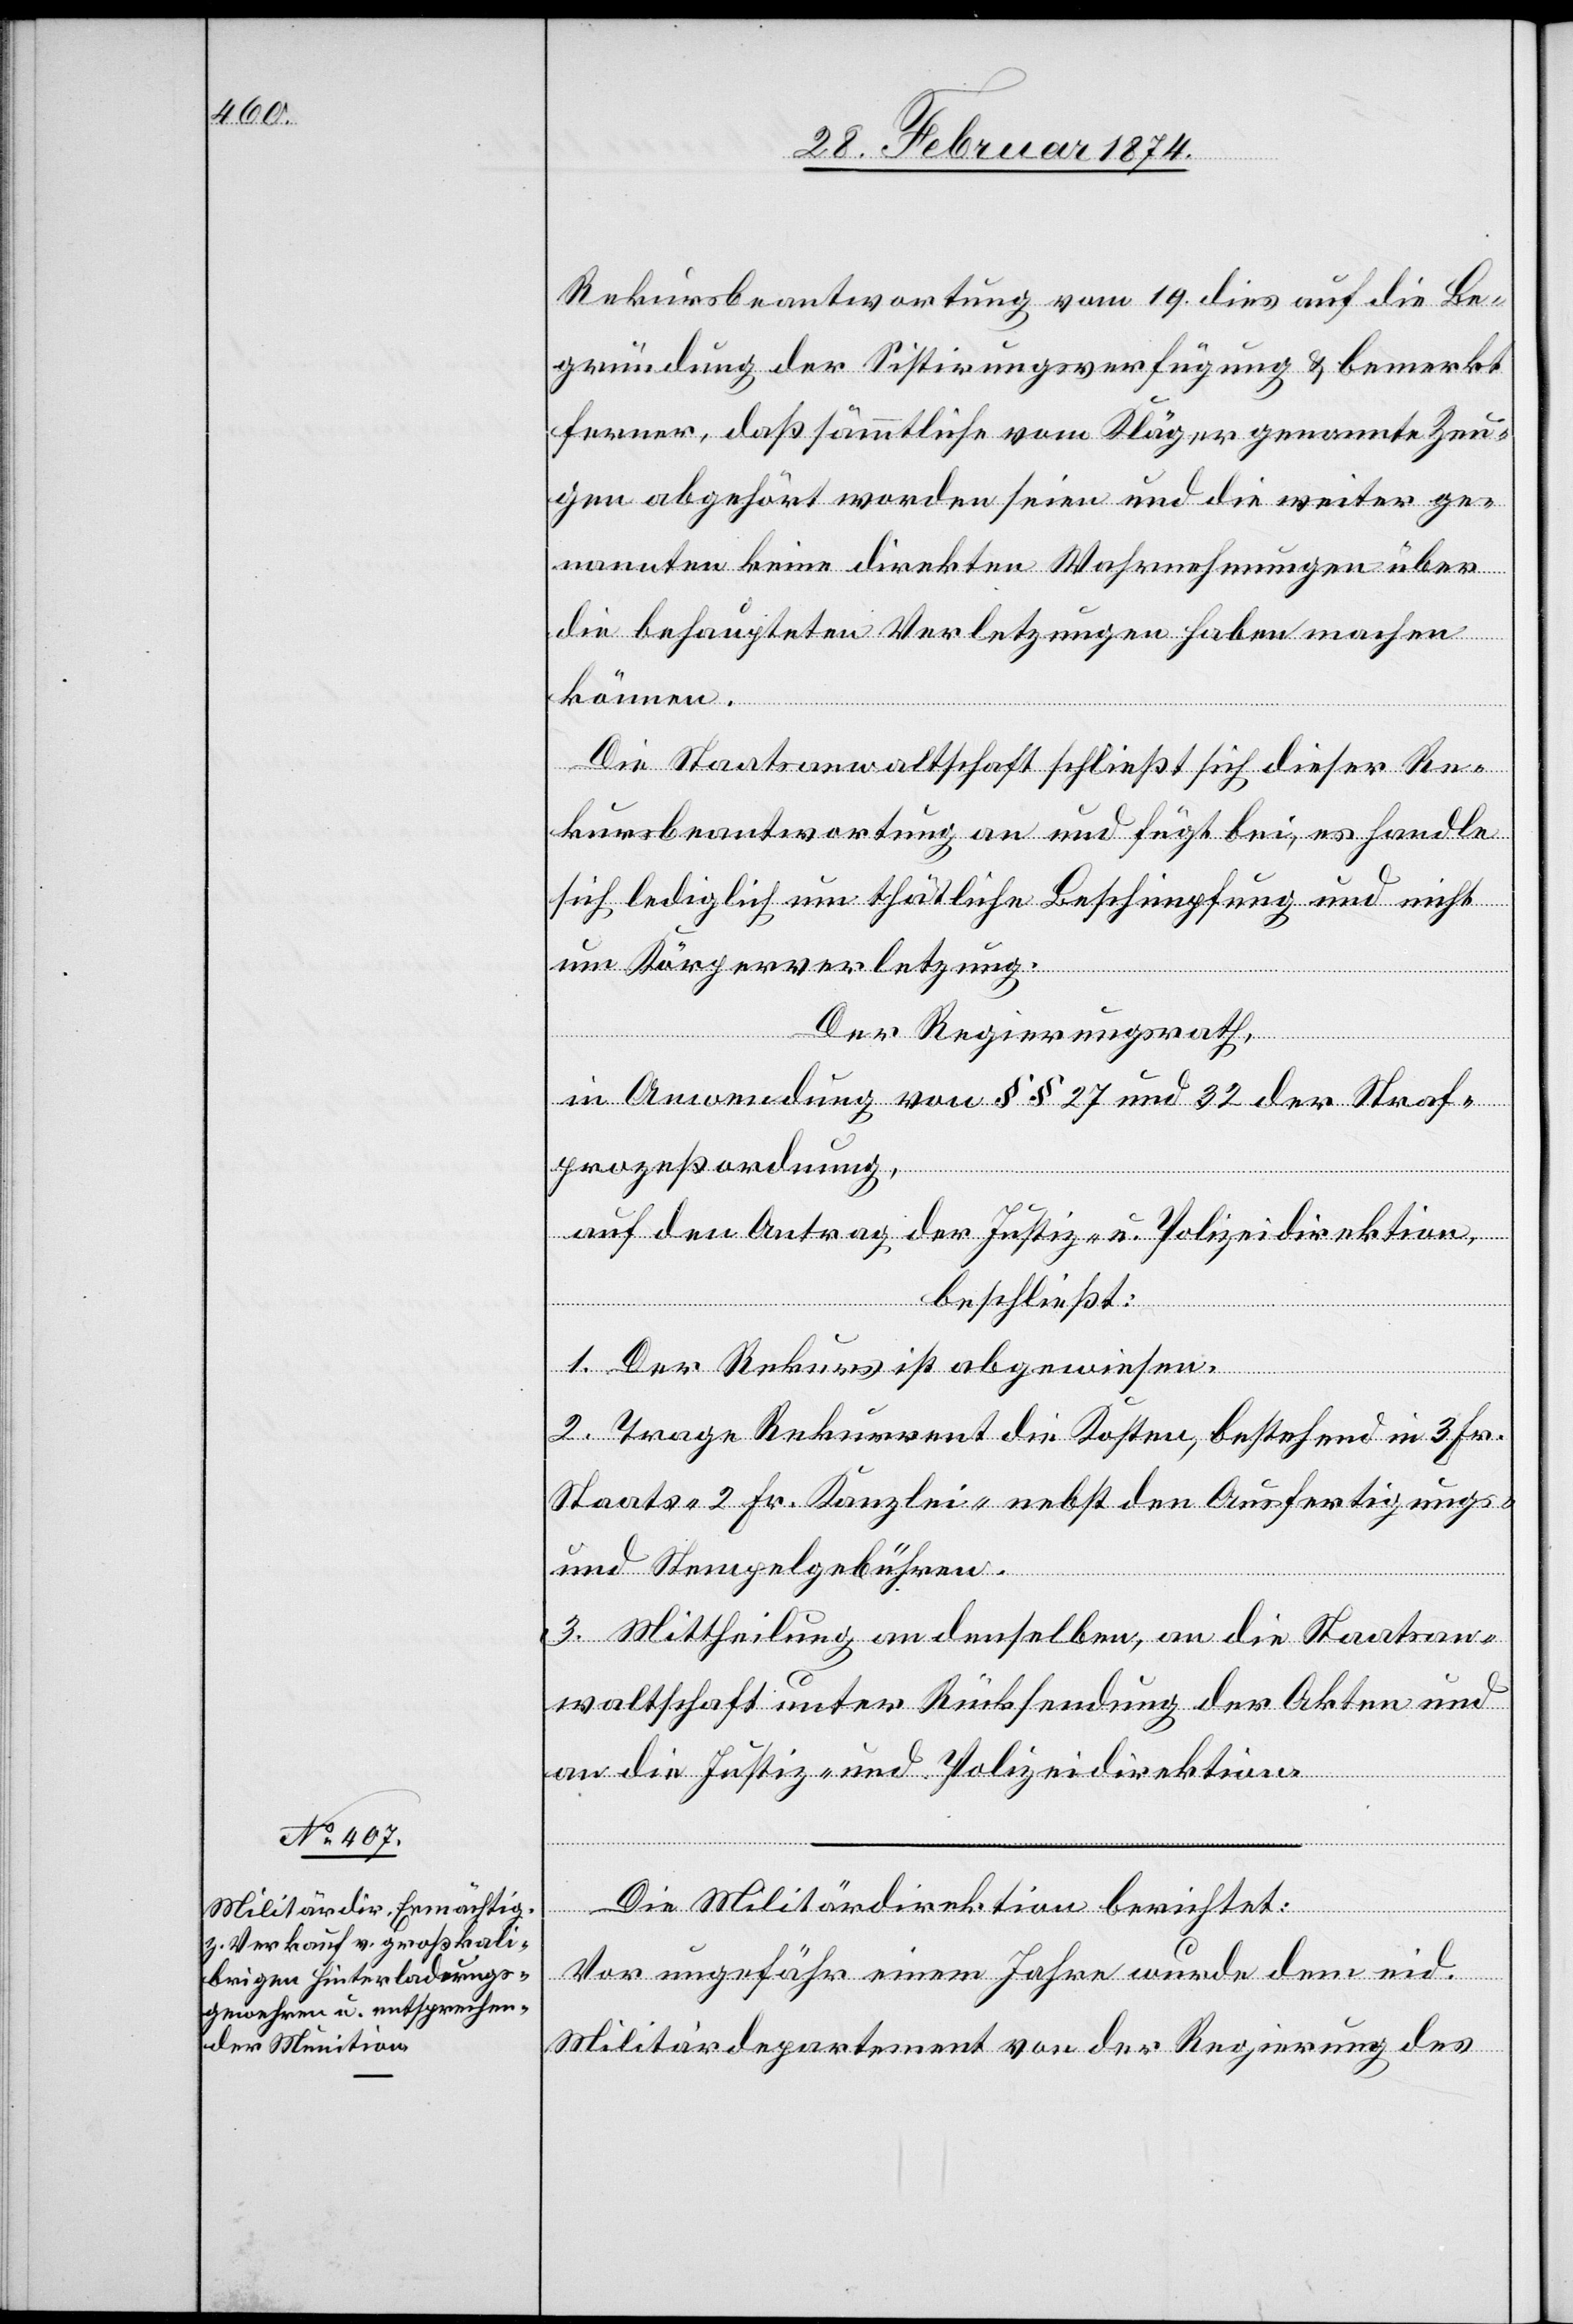
Rekursbeantwortung vom 19. dies auf die Be¬
gründung der Sistirungsverfügung u. bemerkt
ferner, daß sämmtliche vom Kläger genannte[n] Zeu¬
gen abgehört worden seien und die weiter ge¬
nannten keine direkten Wahrnehmungen über
die behaupteten Verletzungen haben machen
können.
Die Staatsanwaltschaft schließt sich dieser Re¬
kursbeantwortung an und fügt bei, es handle
sich lediglich um thätliche Beschimpfung und nicht
um Körperverletzung.
Der Regierungsrath,
in Anordnung von §§ 27 und 32 der Straf¬
prozeßordnung,
beschließt:
1. Der Rekurs ist abgewiesen.
2. Trage Rekurrent die Kosten, bestehend in 3 Fr.
Staats-[,] 2 Fr. Kanzlei- nebst den Ausfertigungs-
und Stempelgebühren.
3. Mittheilung an denselben, an die Staatsan¬
waltschaft unter Rücksendung der Akten und
an die Justiz- und Polizeidirektion.
Die Militärdirektion berichtet:
Vor ungefähr einem Jahre wurde dem eid.
Militärdepartement von der Regierung des